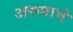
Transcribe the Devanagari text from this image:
अरूबाचे